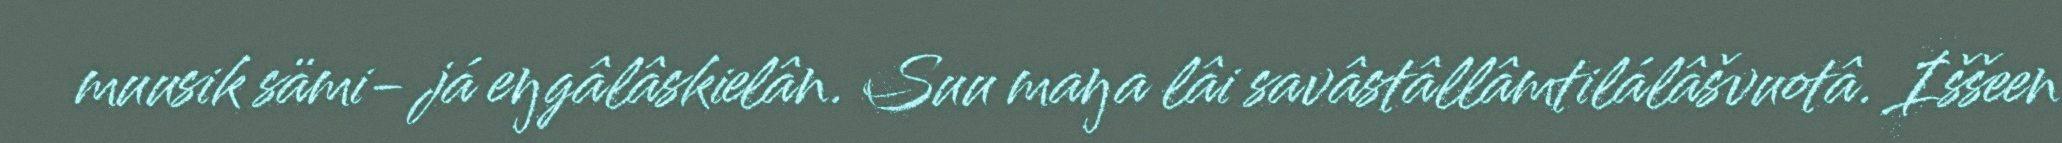
muusik sämi- já eŋgâlâskielân. Suu maŋa lâi savâstâllâmtilálâšvuotâ. Iššeen